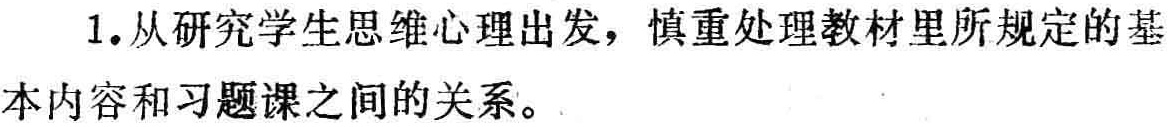
1.从研究学生思维心理出发，慎重处理教材里所规定的基本内容和习题课之间的关系。